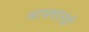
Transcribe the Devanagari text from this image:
वापरातही